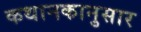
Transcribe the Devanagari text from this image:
कथानकानुसार